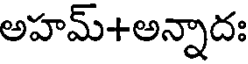
అహమ్+అన్నాదః